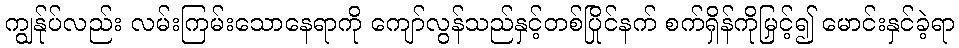
ကျွန်ုပ်လည်း လမ်းကြမ်းသောနေရာကို ကျော်လွန်သည်နှင့်တစ်ပြိုင်နက် စက်ရှိန်ကိုမြှင့်၍ မောင်းနှင်ခဲ့ရာ